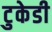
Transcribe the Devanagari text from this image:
टुकेडी